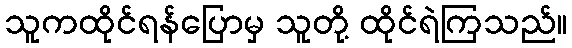
သူကထိုင်ရန်ပြောမှ သူတို့ ထိုင်ရဲကြသည်။